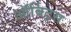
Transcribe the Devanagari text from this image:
ऑर्बिट्स